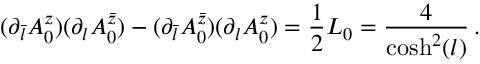
( \partial _ { \bar { l } } A _ { 0 } ^ { z } ) ( \partial _ { l } A _ { 0 } ^ { \bar { z } } ) - ( \partial _ { \bar { l } } A _ { 0 } ^ { \bar { z } } ) ( \partial _ { l } A _ { 0 } ^ { z } ) = \frac { 1 } { 2 } { \cal L } _ { 0 } = \frac { 4 } { \cosh ^ { 2 } ( l ) } \, .